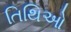
તિથિઓ